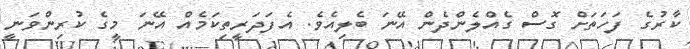
ކާރުގެ ފަހަތަށް ގޮސް ގެއްލެންދެން އޭނަ ބެލިއެވެ. އެފަދަރީތިކަމެއް އޭނަ މީގެ ކުރިންވަނީ